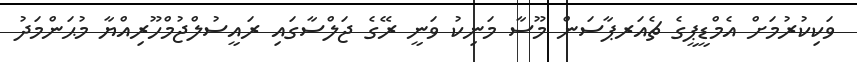
ވަކިކުރުމަށް އެމްޑީޕީގެ ޗެއަރޕާސަން މޫސާ މަނިކު ވަނީ ރޭގެ ޖަލްސާގައި ރައީސުލްޖުމްހޫރިއްޔާ މުޙަންމަދު